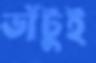
ভাঁটুই